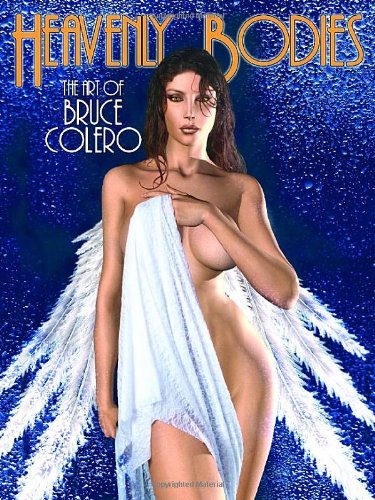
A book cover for The Art of Bruce Colero: Heavenly Bodies; Bruce Colero; Arts & Photography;